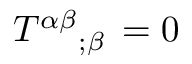
T ^ { \alpha \beta } { } _ { ; \beta } \, = 0